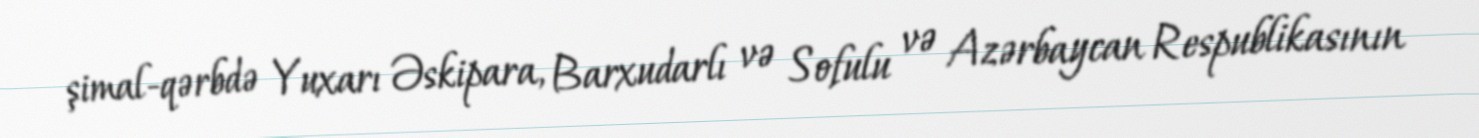
şimal-qərbdə Yuxarı Əskipara, Barxudarlı və Sofulu və Azərbaycan Respublikasının